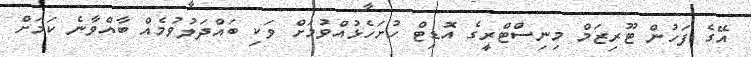
އޭގެ ފަހުން ޓޫރިޒަމް މިނިސްޓްރީގެ އޮޑިޓް ހުށަހެޅުއްވުމަށް ވަކި ބައްދަލުވުމެއް ބާއްވާނެ ކަމަށް